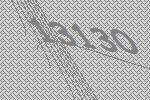
13130